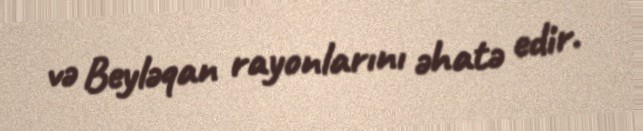
və Beyləqan rayonlarını əhatə edir.